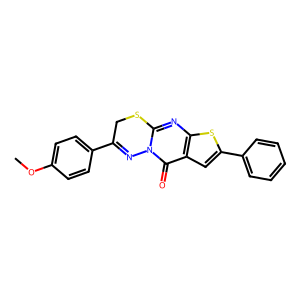
SMILES: COc1ccc(C2=Nn3c(nc4sc(-c5ccccc5)cc4c3=O)SC2)cc1
Inhibits HIV replication: No